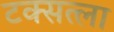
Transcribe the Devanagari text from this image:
टक्सत्ला